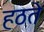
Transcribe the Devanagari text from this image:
हठते